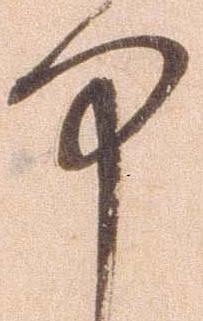
中